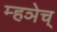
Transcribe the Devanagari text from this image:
म्हञेच्